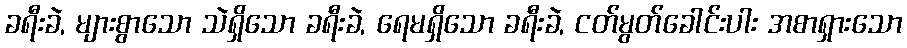
ခရီးခဲ, များစွာသော သဲရှိသော ခရီးခဲ, ရေမရှိသော ခရီးခဲ, ငတ်မွတ်ခေါင်းပါး အစာရှားသော